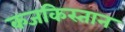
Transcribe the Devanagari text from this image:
कजकिस्तान